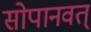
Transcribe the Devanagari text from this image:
सोपानवत्‌